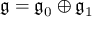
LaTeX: { \mathfrak { g } } = { \mathfrak { g } } _ { 0 } \oplus { \mathfrak { g } } _ { 1 }